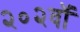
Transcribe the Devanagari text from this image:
२०२वॉ